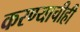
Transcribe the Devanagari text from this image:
करण्‍याचीही